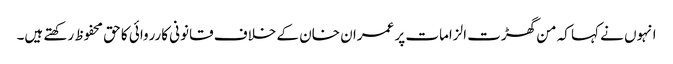
انہوں نے کہا کہ من گھڑت الزامات پر عمران خان کے خلاف قانونی کارروائی کا حق محفوظ رکھتے ہیں۔